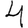
Digit: 4